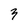
Character: 3